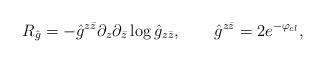
LaTeX: \begin{align*}R_{\hat g}=-{\hat g}^{z\bar z}\partial_z\partial_{\bar z}\log {\hat g}_{z\bar z},\qquad \hat g^{z\bar z}=2e^{-\varphi_{cl}},\end{align*}